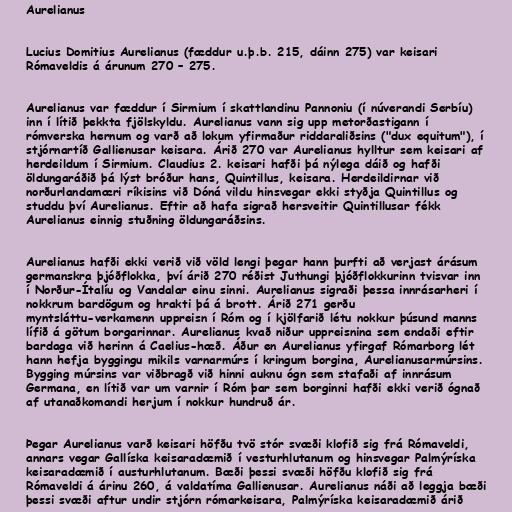
Aurelianus

Lucius Domitius Aurelianus (fæddur u.þ.b. 215, dáinn 275) var keisari
Rómaveldis á árunum 270 – 275.

Aurelianus var fæddur í Sirmium í skattlandinu Pannoniu (í núverandi Serbíu)
inn í lítið þekkta fjölskyldu. Aurelianus vann sig upp metorðastigann í
rómverska hernum og varð að lokum yfirmaður riddaraliðsins ("dux equitum"), í
stjórnartíð Gallienusar keisara. Árið 270 var Aurelianus hylltur sem keisari af
herdeildum í Sirmium. Claudius 2. keisari hafði þá nýlega dáið og hafði
öldungaráðið þá lýst bróður hans, Quintillus, keisara. Herdeildirnar við
norðurlandamæri ríkisins við Dóná vildu hinsvegar ekki styðja Quintillus og
studdu því Aurelianus. Eftir að hafa sigrað hersveitir Quintillusar fékk
Aurelianus einnig stuðning öldungaráðsins.

Aurelianus hafði ekki verið við völd lengi þegar hann þurfti að verjast árásum
germanskra þjóðflokka, því árið 270 réðist Juthungi þjóðflokkurinn tvisvar inn
í Norður-Ítalíu og Vandalar einu sinni. Aurelianus sigraði þessa innrásarheri í
nokkrum bardögum og hrakti þá á brott. Árið 271 gerðu
myntsláttu-verkamenn uppreisn í Róm og í kjölfarið létu nokkur þúsund manns
lífið á götum borgarinnar. Aurelianus kvað niður uppreisnina sem endaði eftir
bardaga við herinn á Caelius-hæð. Áður en Aurelianus yfirgaf Rómarborg lét
hann hefja byggingu mikils varnarmúrs í kringum borgina, Aurelianusarmúrsins.
Bygging múrsins var viðbragð við hinni auknu ógn sem stafaði af innrásum
Germana, en lítið var um varnir í Róm þar sem borginni hafði ekki verið ógnað
af utanaðkomandi herjum í nokkur hundruð ár.

Þegar Aurelianus varð keisari höfðu tvö stór svæði klofið sig frá Rómaveldi,
annars vegar Gallíska keisaradæmið í vesturhlutanum og hinsvegar Palmýríska
keisaradæmið í austurhlutanum. Bæði þessi svæði höfðu klofið sig frá
Rómaveldi á árinu 260, á valdatíma Gallienusar. Aurelianus náði að leggja bæði
þessi svæði aftur undir stjórn rómarkeisara, Palmýríska keisaradæmið árið